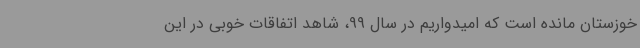
خوزستان مانده است که امیدواریم در سال 99، شاهد اتفاقات خوبی در این